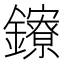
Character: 𨯈